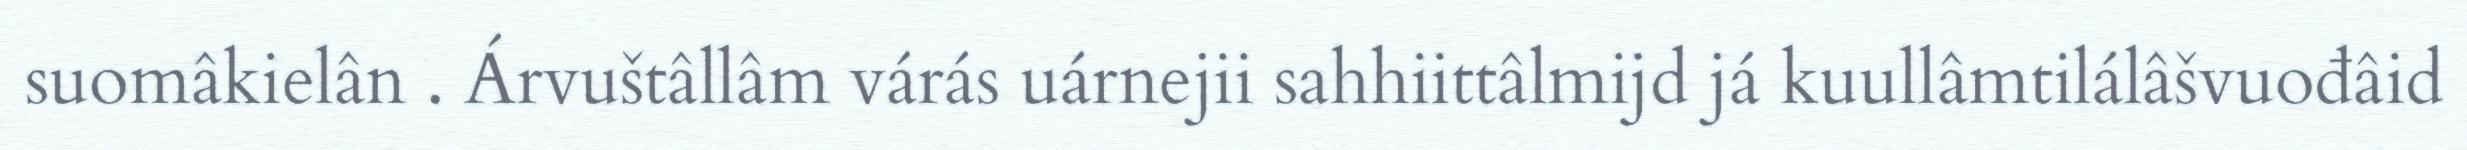
suomâkielân . Árvuštâllâm várás uárnejii sahhiittâlmijd já kuullâmtilálâšvuođâid